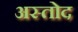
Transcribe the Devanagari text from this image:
अस्तोद